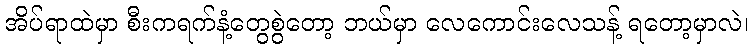
အိပ်ရာထဲမှာ စီးကရက်နံ့တွေစွဲတော့ ဘယ်မှာ လေကောင်းလေသန့် ရတော့မှာလဲ၊